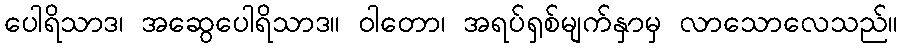
ပေါရိသာဒ၊ အဆွေပေါရိသာဒ။ ဝါတော၊ အရပ်ရှစ်မျက်နှာမှ လာသောလေသည်။